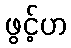
ဖွင့်ဟ